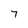
Character: 7